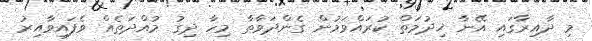
މި ދާއިރާގައި އޭނާ ޚިދުމަތް ކުރައްވަމުން ގެންދަވާތާ މިހާ ދިގު މުއްދަތެއް ވެފައިވާއިރު